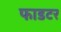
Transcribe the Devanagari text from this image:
फाडटर